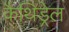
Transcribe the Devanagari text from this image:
कैथिड्रेल